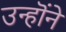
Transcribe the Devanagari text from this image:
उन्हॊंने